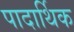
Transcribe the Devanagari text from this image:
पादार्थिक